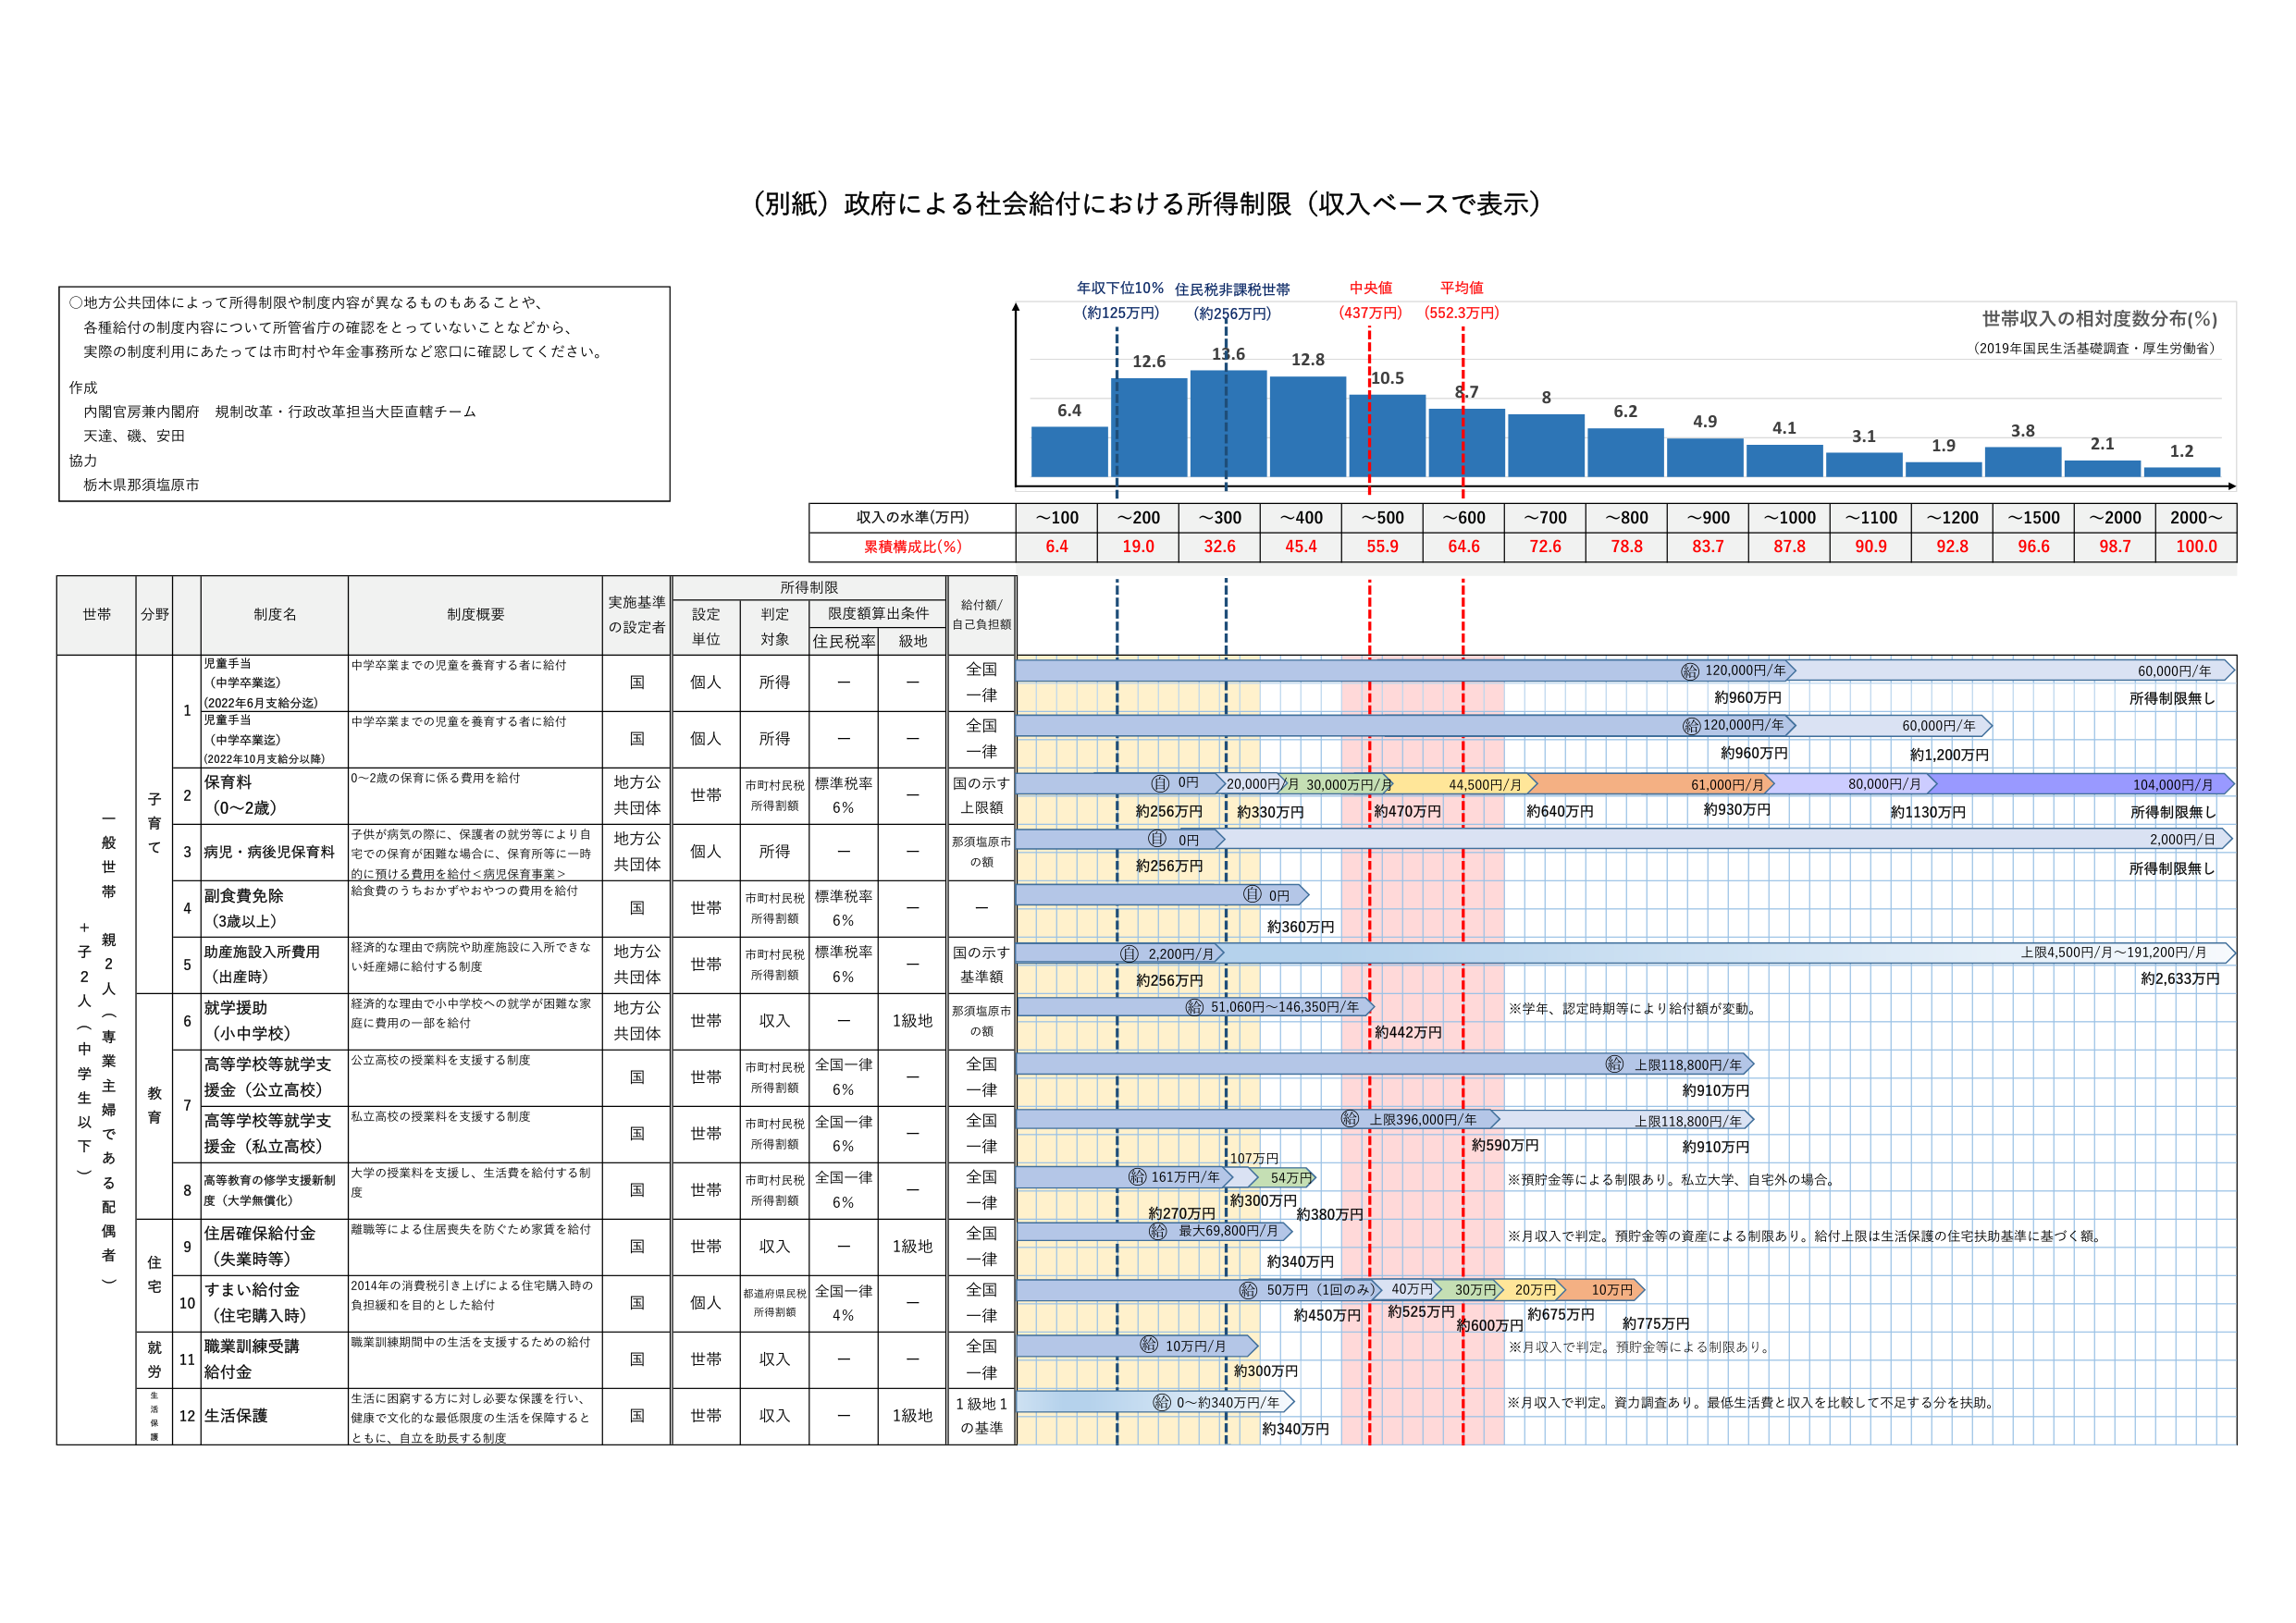
（別紙）政府による社会給付における所得制限（収入ベースで表示）

○地方公共団体によって所得制限や制度内容が異なるものもあることや、
各種給付の制度内容について所管省庁の確認をとっていないことなどから、
実際の制度利用にあたっては市町村や年金事務所など窓口に確認してください。

作成
内閣官房兼内閣府 規制改革・行政改革担当大臣直轄チーム
天達、磯、安田
協力
栃木県那須塩原市

世帯収入の相対度数分布（％）
（2019年国民生活基礎調査・厚生労働省）

年収下位10％ （約125万円）
住民税非課税世帯 （約256万円）
中央値 （437万円）
平均値 （552.3万円）

収入の水準（万円）　～100　～200　～300　～400　～500　～600　～700　～800　～900　～1000　～1100　～1200　～1500　～2000　2000～
累積構成比（％）　6.4　19.0　32.6　45.4　55.9　64.6　72.6　78.8　83.7　87.8　90.9　92.8　96.6　98.7　100.0

世帯　分野　制度名　制度概要　実施基準の設定者　所得制限　給付額/自己負担額
　　　　　　　　　　　　　　　　　　　　　　　　　設定単位　判定対象　限度額算出条件　　住民税率　級地

一般世帯＋親子2人（中学生以下）専業主婦である配偶者

子育て
1 児童手当（中学卒業迄）（2022年6月支給分迄）
　中学校卒業までの児童を養育する者に給付
　国　個人　所得　－　－　全国一律　給付額：120,000円/年　60,000円/年　所得制限無し　約960万円

1 児童手当（中学卒業迄）（2022年10月支給分以降）
　中学校卒業までの児童を養育する者に給付
　国　個人　所得　－　－　全国一律　給付額：120,000円/年　60,000円/年　所得制限無し　約960万円　約1,200万円

2 保育料（0～2歳）
　0～2歳の保育に係る費用を給付
　地方公共団体　世帯　市町村民税所得割額　標準税率6％　－　国の示す上限額　給付額：0円　20,000円/月　30,000円/月　44,500円/月　61,000円/月　80,000円/月　104,000円/月　所得制限無し　約256万円　約330万円　約470万円　約640万円　約930万円　約1,130万円

3 病児・病後児保育料
　子供が病気の際に、保護者の就労等により自宅での保育が困難な場合に、保育所等に一時的に預ける費用を給付＜病児保育事業＞
　地方公共団体　個人　所得　－　－　那須塩原市の額　給付額：0円　2,000円/日　所得制限無し　約256万円

4 副食費免除（3歳以上）
　給食費のうちおかずやおやつの費用を給付
　国　世帯　市町村民税所得割額　標準税率6％　－　－　給付額：0円　約360万円

5 助産施設入所費用（出産時）
　経済的な理由で病院や助産施設に入所できない妊産婦に給付する制度
　地方公共団体　世帯　市町村民税所得割額　標準税率6％　－　国の示す基準額　給付額：2,200円/月　上限4,500円/月～191,200円/月　約2,633万円　約256万円

教育
6 就学援助（小中学校）
　経済的な理由で小中学校への就学が困難な家庭に費用の一部を給付
　地方公共団体　世帯　収入　－　1級地　那須塩原市の額　給付額：51,060円～146,350円/年　※学年、認定時期等により給付額が変動。　約442万円

7 高等学校等就学支援金（公立高校）
　公立高校の授業料を支援する制度
　国　世帯　市町村民税所得割額　全国一律6％　－　全国一律　給付額：上限118,800円/年　約910万円

7 高等学校等就学支援金（私立高校）
　私立高校の授業料を支援する制度
　国　世帯　市町村民税所得割額　全国一律6％　－　全国一律　給付額：上限396,000円/年　上限118,800円/年　約590万円　約910万円　107万円

8 高等教育の修学支援新制度（大学無償化）
　大学の授業料を支援し、生活費を給付する制度
　国　世帯　市町村民税所得割額　全国一律6％　－　全国一律　給付額：161万円/年　54万円　※預貯金等による制限あり。私立大学、自宅外の場合。　約270万円　約300万円　約380万円

住宅
9 住宅確保給付金（失業時等）
　離職等による住居喪失を防ぐため家賃を給付
　国　世帯　収入　－　1級地　全国一律　給付額：最大69,800円/月　※月収入で判定。預貯金等の資産による制限あり。給付上限は生活保護の住宅扶助基準に基づく額。　約340万円

10 すまい給付金（住宅購入時）
　2014年の消費税引き上げによる住宅購入時の負担緩和を目的とした給付
　国　個人　都道府県民税所得割額　全国一律4％　－　全国一律　給付額：50万円（1回のみ）　40万円　30万円　20万円　10万円　※月収入で判定。預貯金等による制限あり。　約450万円　約525万円　約600万円　約675万円　約775万円

就労
11 職業訓練受講給付金
　職業訓練期間中の生活を支援するための給付
　国　世帯　収入　－　－　全国一律　給付額：10万円/月　※月収入で判定。預貯金等による制限あり。　約300万円

生活保護
12 生活保護
　生活に困窮する方に対し必要な保護を行い、健康で文化的な最低限度の生活を保障するとともに、自立を助長する制度
　国　世帯　収入　－　1級地　1級地1の基準　給付額：0～約340万円/年　※月収入で判定。資力調査あり。最低生活費と収入を比較して不足する分を扶助。　約340万円